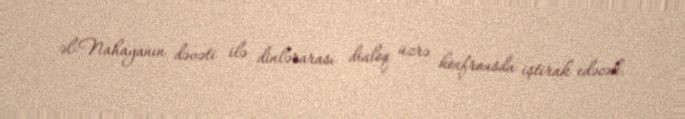
əl-Nahayanın dəvəti ilə dinlərarası dialoq üzrə konfransda iştirak edəcək.